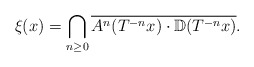
\begin{align*}\xi(x)=\bigcap_{n\ge0}\overline{A\sp n(T\sp{-n}x)\cdot\mathbb D(T\sp{-n}x)}.\end{align*}